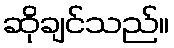
ဆိုချင်သည်။